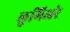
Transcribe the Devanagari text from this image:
लुमिअरे